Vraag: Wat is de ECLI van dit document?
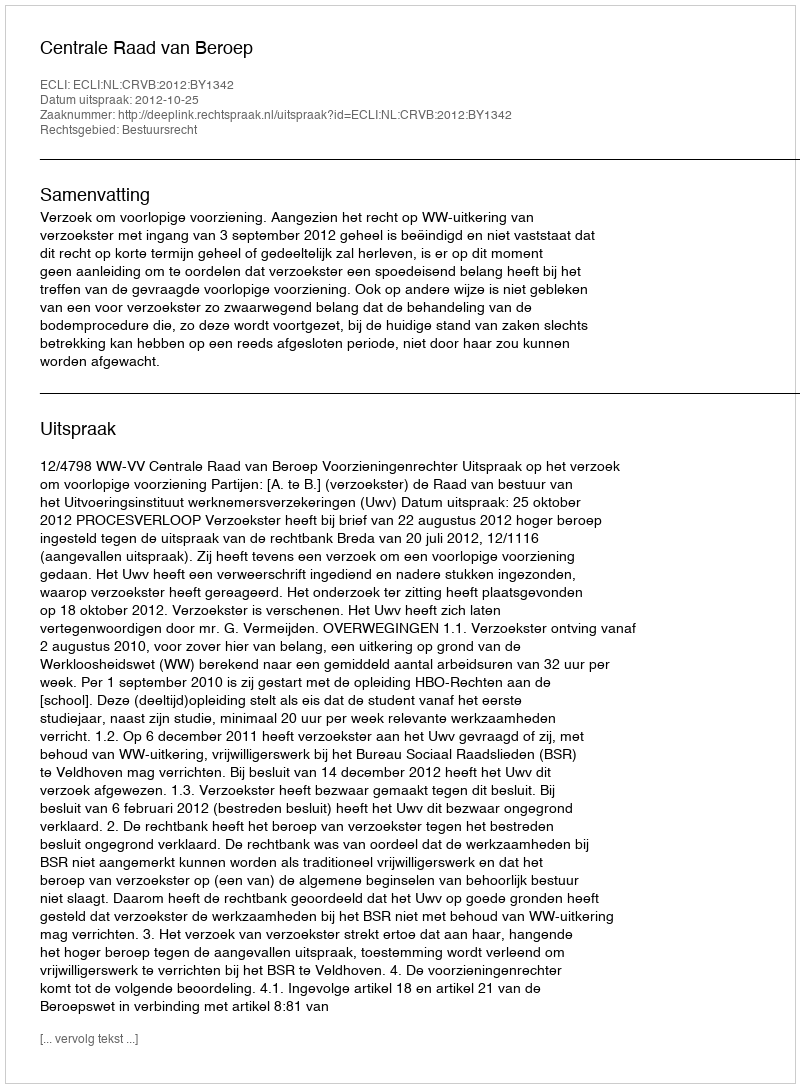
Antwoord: ECLI:NL:CRVB:2012:BY1342